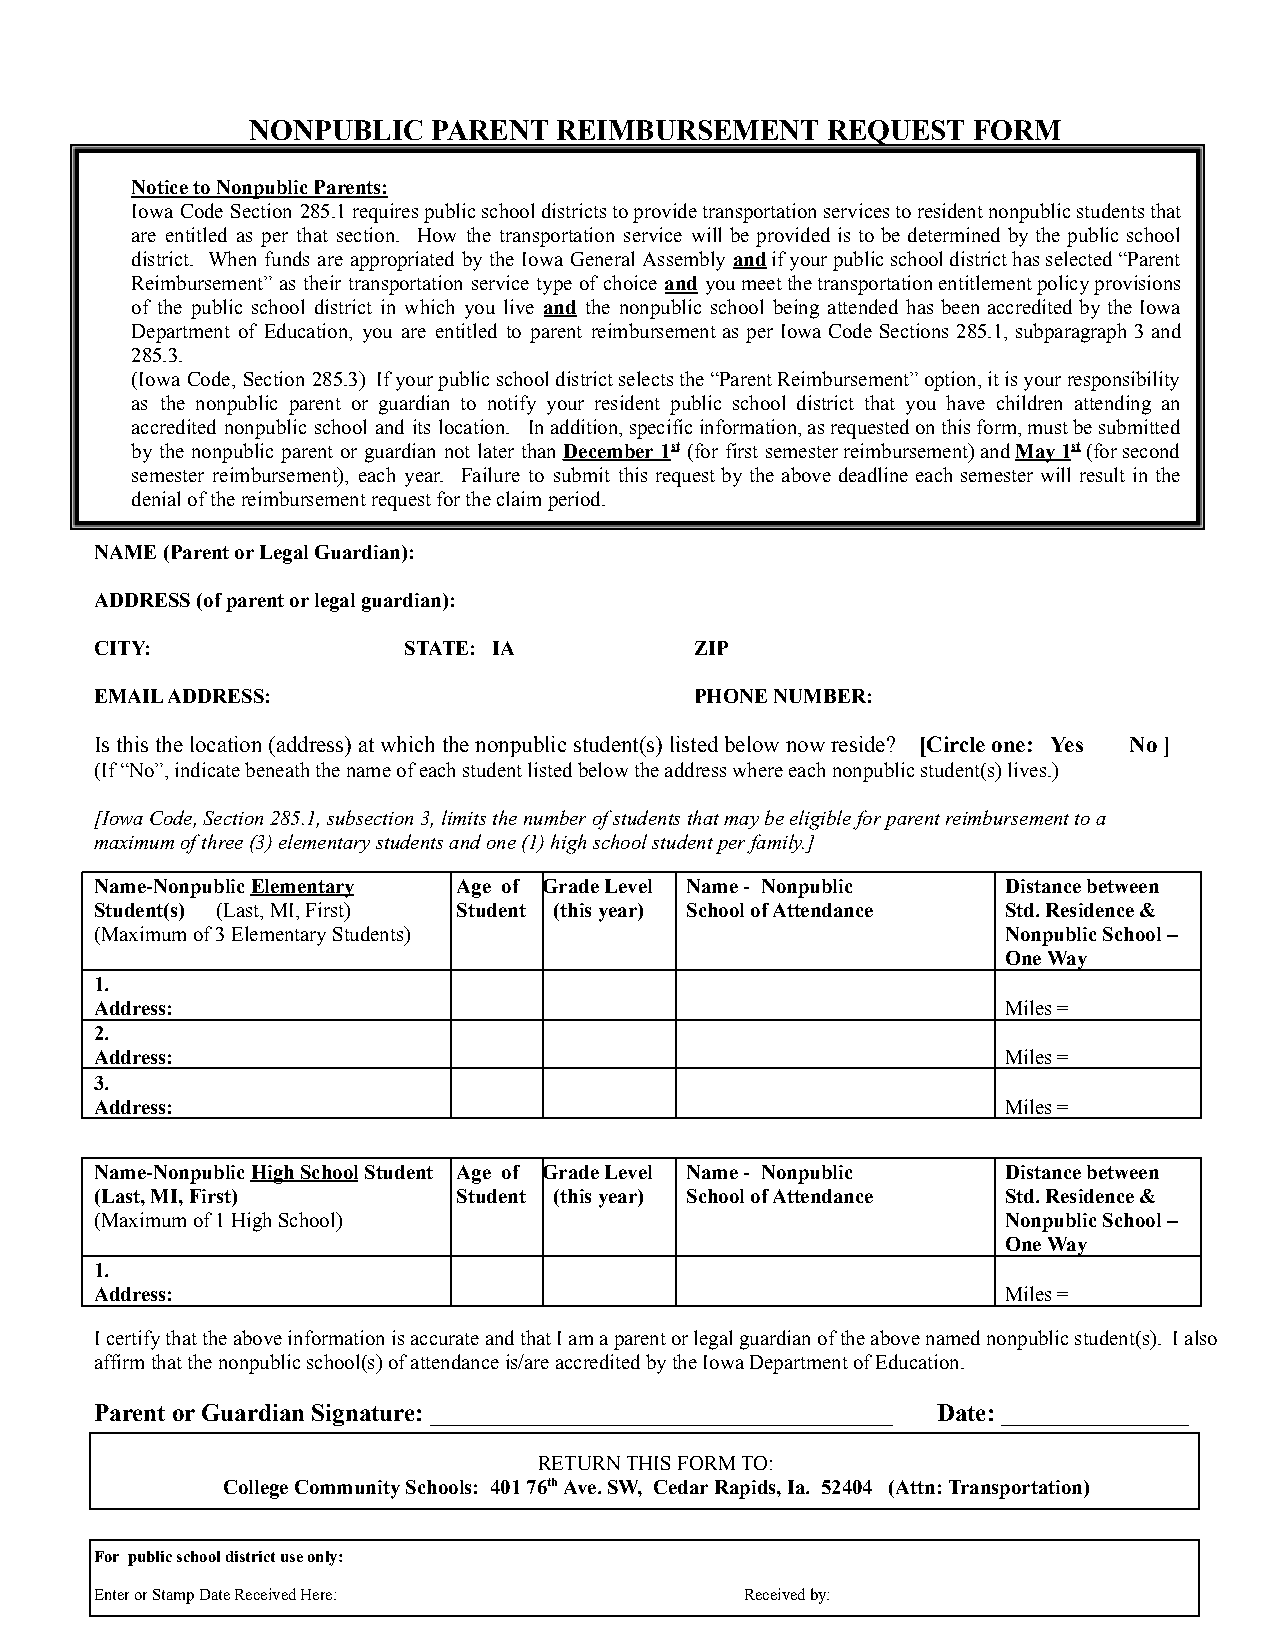
NONPUBLIC    PARENT  REIMBURSEMENT     REQUEST  FORM
 Notice to Nonpublic Parents:
 Iowa Code Section 285.1requirespublicschooldistrictstoprovidetransportationservicestoresidentnonpublicstudentsthat
 are entitled as per that section. How the transportation service will be provided is to be determined by the public school
 district. When funds are appropriated by the Iowa General Assembly andifyourpublicschooldistricthasselected“Parent
 Reimbursement” as their transportation service type of choice and youmeetthetransportationentitlementpolicyprovisions
 of the public school district in which you live and the nonpublic school being attended has been accredited by the Iowa
 Department of Education, you are entitled to parent reimbursement as per Iowa Code Sections 285.1, subparagraph 3 and
 285.3.
 (Iowa Code, Section 285.3) Ifyourpublicschooldistrictselectsthe“ParentReimbursement”option,itisyourresponsibility
 as the nonpublic parent or guardian to notify your resident public school district that you have children attending an
 accredited nonpublic school and its location. Inaddition,specificinformation,asrequestedonthisform,mustbesubmitted
 by the nonpublic parent or guardian not later than December 1st (for first semesterreimbursement)andMay1st(forsecond
 semester reimbursement), each year. Failure to submit this request by the above deadline each semester will result in the
 denial of the reimbursement request for the claimperiod.
 NAME (Parent or Legal Guardian):
 ADDRESS (of parent or legal guardian):
 CITY:                STATE: IA          ZIP
 EMAIL ADDRESS:                          PHONE NUMBER:
 Is this the location (address) at which the nonpublicstudent(s) listed below now reside? [Circle one: Yes No ]
 (If “No”, indicate beneath the name of each studentlisted below the address where each nonpublic student(s)lives.)
 [Iowa Code, Section 285.1, subsection 3, limits thenumber of students that may be eligible for parentreimbursement to a
 maximum of three (3) elementary students and one (1)high school student per family.]
 Name-NonpublicElementary Age of Grade Level Name - Nonpublic Distance between
 Student(s) (Last, MI, First) Student (this year) School of Attendance Std. Residence &
 (Maximum of 3 Elementary Students)                           Nonpublic School –
 One Way
 1.
 Address:                                                     Miles =
 2.
 Address:                                                     Miles =
 3.
 Address:                                                     Miles =
 Name-NonpublicHigh SchoolStudent Age of Grade Level Name - Nonpublic Distance between
 (Last, MI, First)       Student (this year) School of Attendance Std. Residence &
 (Maximum of 1 High School)                                   Nonpublic School –
 One Way
 1.
 Address:                                                     Miles =
 I certify that the above information is accurate andthat I am a parent or legal guardian of the abovenamed nonpublic student(s). I also
 affirm that the nonpublic school(s) of attendanceis/are accredited by the Iowa Department of Education.
 Parent or Guardian Signature: _____________________________________ Date: _______________
 RETURN THIS FORM TO:
 College Community Schools: 401 76thAve. SW, CedarRapids, Ia. 52404 (Attn: Transportation)
 For public school district use only:
 Enter or Stamp Date Received Here:         Received by: